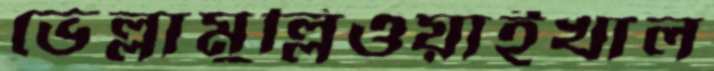
ভেল্লামুল্লিওয়াইখাল